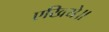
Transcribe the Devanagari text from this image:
एखिये॥